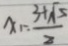
x _ { 1 } = \frac { 3 + \sqrt { 5 } } { 2 }